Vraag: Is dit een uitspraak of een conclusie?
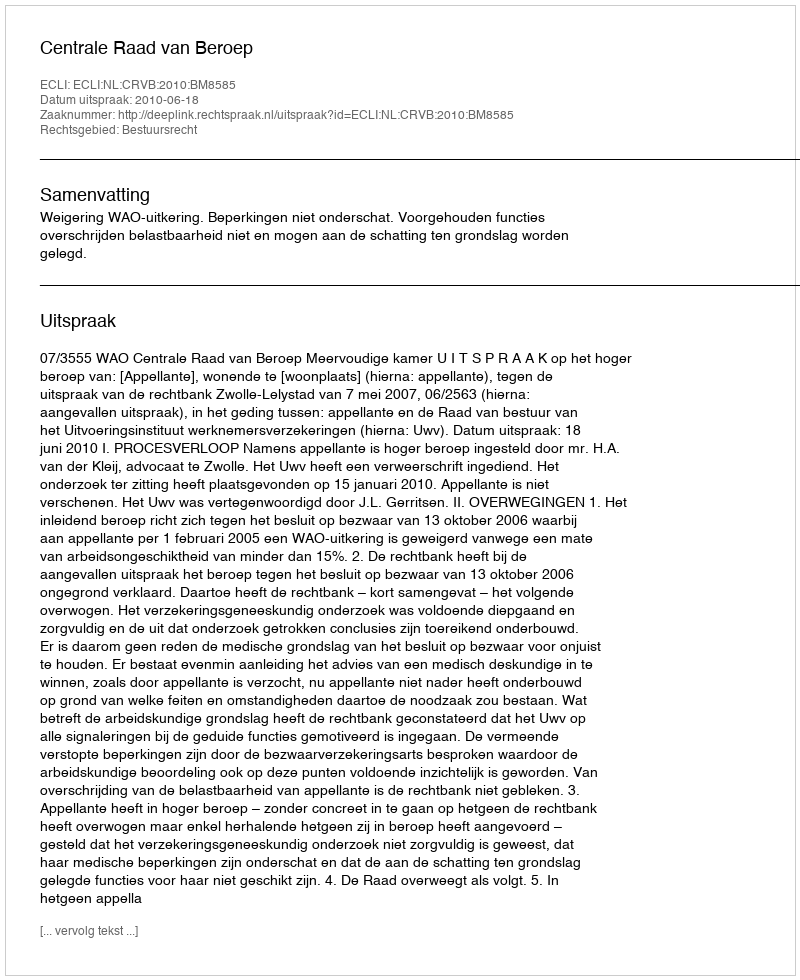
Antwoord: Uitspraak